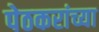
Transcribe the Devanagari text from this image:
पेठकरांच्या